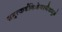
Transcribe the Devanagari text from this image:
समुत्कर्षनिःश्रेयस्यैकमुग्रं